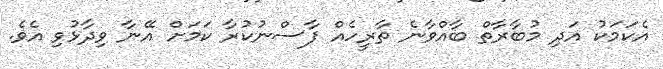
އެކަމަކު އަދި މުބާރާތް ބާއްވާނެ ތާރީހެއް ފާސްނުކުރާ ކަމަށް އޭނާ ވިދާޅުވި އެވެ.